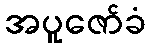
အပူဇော်ခံ